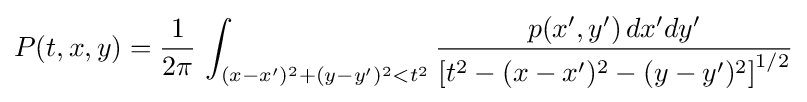
P(t,x,y)={\frac {1}{2\pi }}\,\int _{(x-x')^{2}+(y-y')^{2}<t^{2}}{\frac {p(x',y')\,dx'dy'}{\left[t^{2}-(x-x')^{2}-(y-y')^{2}\right]^{1/2}}}